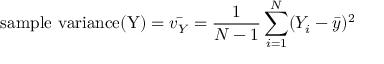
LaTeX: { \mathrm { s a m p l e ~ v a r i a n c e ( Y ) } } = { \bar { v _ { Y } } } = { \frac { 1 } { N - 1 } } \sum _ { i = 1 } ^ { N } ( Y _ { i } - { \bar { y } } ) ^ { 2 }